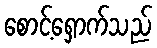
စောင့်ရှောက်သည်